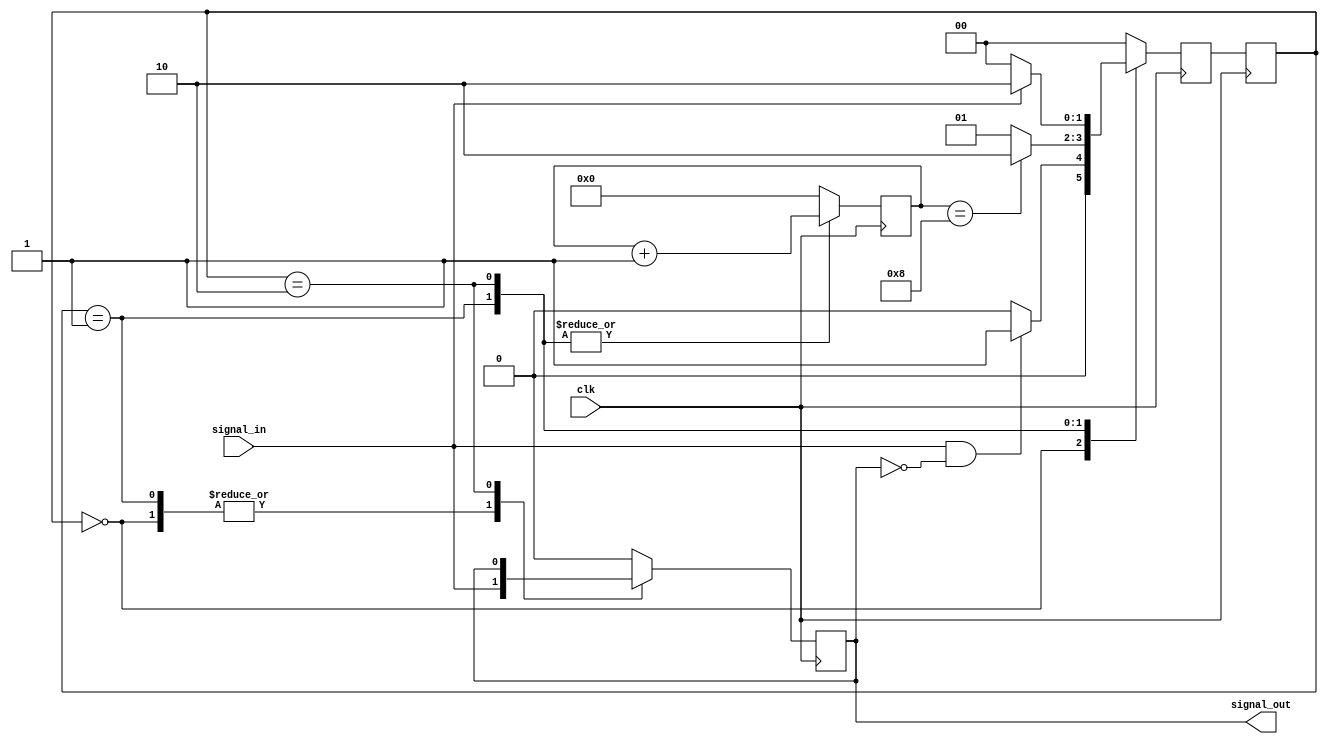
module debounce_circuit (
    input wire signal_in,
    input wire clk,
    output reg signal_out
);

// Define states
parameter WAITING = 2'b00;
parameter DETECTED = 2'b01;
parameter DEBOUNCING = 2'b10;

// Define state register and next state logic
reg [1:0] state, next_state;

// Define debouncing counter
reg [7:0] debounce_counter;

always @(posedge clk) begin
    case(state)
        WAITING: begin
            if(signal_in & !signal_out)
                next_state = DETECTED;
            else
                next_state = WAITING;
        end
        DETECTED: begin
            if(debounce_counter == 8)
                next_state = DEBOUNCING;
            else
                next_state = DETECTED;
        end
        DEBOUNCING: begin
            if(signal_in)
                next_state = DEBOUNCING;
            else
                next_state = WAITING;
        end
        default: next_state = WAITING;
    endcase
end

always @(posedge clk) begin
    state <= next_state;
    case(state)
        WAITING: begin
            debounce_counter <= 0;
            signal_out <= signal_in;
        end
        DETECTED: begin
            debounce_counter <= debounce_counter + 1;
            signal_out <= signal_in;
        end
        DEBOUNCING: begin
            debounce_counter <= debounce_counter + 1;
            signal_out <= signal_out;
        end
        default: begin
            debounce_counter <= 0;
            signal_out <= 0;
        end
    endcase
end

endmodule